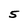
Character: 5